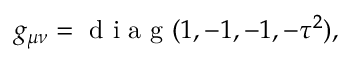
g _ { \mu \nu } = \mathrm { ~ d ~ i ~ a ~ g ~ } ( 1 , - 1 , - 1 , - \tau ^ { 2 } ) ,